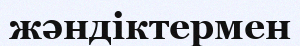
жәндіктермен